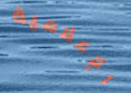
الإعلامية